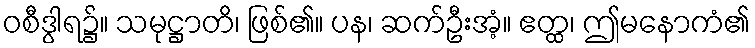
ဝစီဒွါရ၌။ သမုဋ္ဌာတိ၊ ဖြစ်၏။ ပန၊ ဆက်ဦးအံ့။ ဧတ္ထ၊ ဤမနောကံ၏